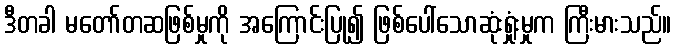
ဒီတခါ မတော်တဆဖြစ်မှုကို အကြောင်းပြု၍ ဖြစ်ပေါ်သောဆုံးရှုံးမှုက ကြီးမားသည်။